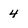
Character: 4